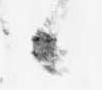
候